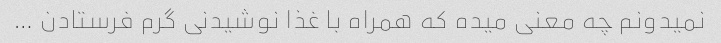
نمیدونم چه معنی میده که همراه با غذا نوشیدنی گرم فرستادن …